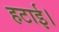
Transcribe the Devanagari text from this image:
हटाई।